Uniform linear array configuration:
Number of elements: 48
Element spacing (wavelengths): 0.5
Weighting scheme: blackman
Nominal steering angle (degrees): -15
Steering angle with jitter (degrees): -14.972
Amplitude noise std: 0.05
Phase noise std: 0.05

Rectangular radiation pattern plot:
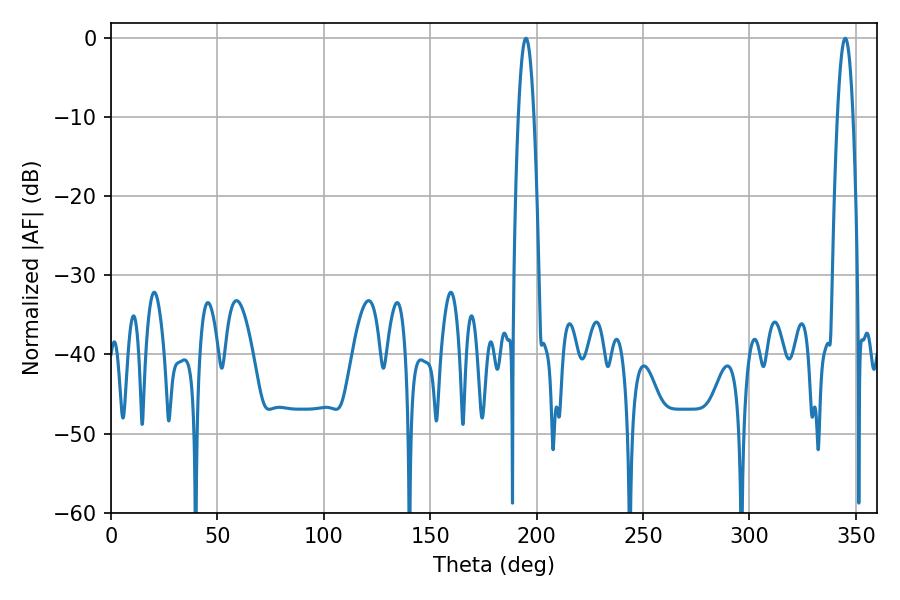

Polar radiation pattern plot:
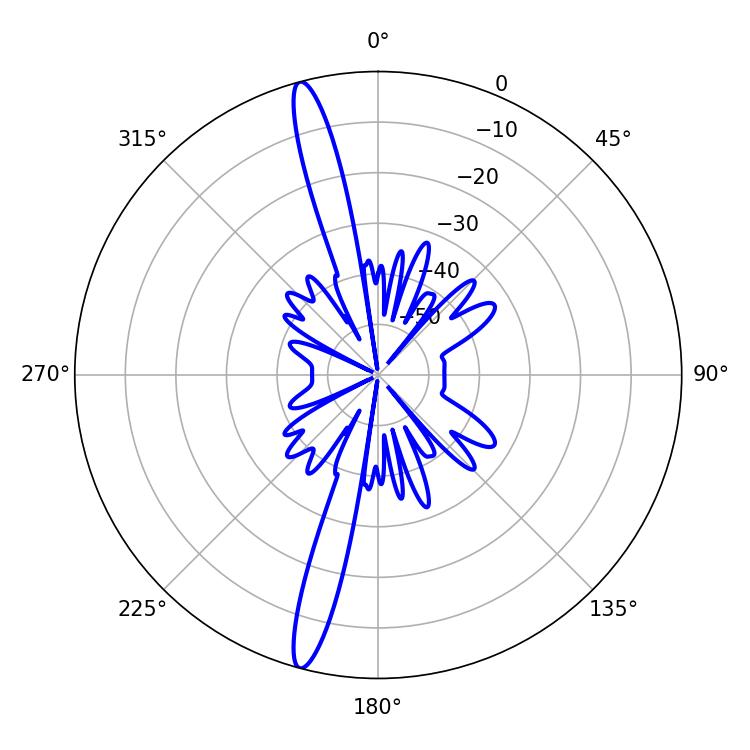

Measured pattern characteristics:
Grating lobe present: FALSE
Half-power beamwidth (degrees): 3.96
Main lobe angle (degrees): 194.94